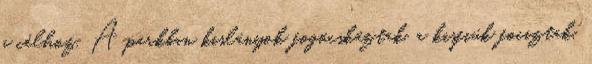
a célhoz. A parkban kislányok fogócskáztak, a kisfiúk fociztak,